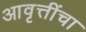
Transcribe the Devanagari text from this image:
आवृत्तींचा